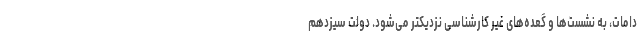
دامات، به نشست‌ها و گعده‌های غیر کارشناسی نزدیکتر می‌شود. دولت سیزدهم